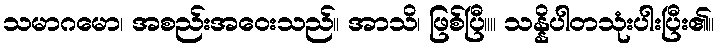
သမာဂမော၊ အစည်းအဝေးသည်။ အာသိ၊ ဖြစ်ပြီ။။ သန္နိပါတသုံးပါးပြီး၏။